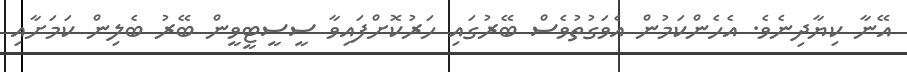
އޭނާ ކިޔާދިނެވެ. އެހެންކަމުން އެވަގުތުވެސް ބޭރުގައި ހަރުކޮށްފައިވާ ސީސީޓީވީން ބޭރު ބެލިން ކަމަށާއި